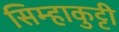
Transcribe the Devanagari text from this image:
सिम्हाकुट्टी